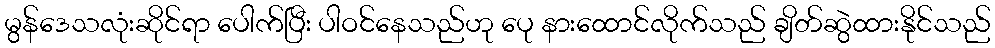
မွန်ဒေသလုံးဆိုင်ရာ ပေါက်ပြီး ပါဝင်နေသည်ဟု ပေု နားထောင်လိုက်သည် ချိတ်ဆွဲထားနိုင်သည်